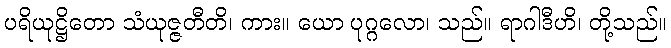
ပရိယုဋ္ဌိတော သံယုဇ္ဇတီတိ၊ ကား။ ယော ပုဂ္ဂလော၊ သည်။ ရာဂါဒီဟိ၊ တို့သည်။